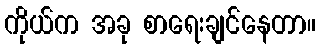
ကိုယ်က အခု စာရေးချင်နေတာ။